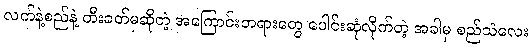
လက်နဲ့စည်နဲ့ တီးခတ်မှဆိုတဲ့ အကြောင်းတရားတွေ ပေါင်းဆုံလိုက်တဲ့ အခါမှ စည်သံလေး